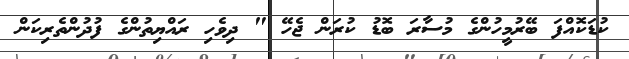
ކުޑަކޮއްފަ ބޭރުމީހުންގެ މުސާރަ ބޮޑު ކުރަން ޖެހޭ " ދިވެހި ރައްޔިތުންގެ ފުދުންތެރިކަން